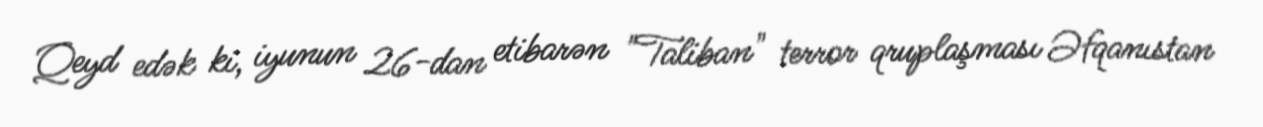
Qeyd edək ki, iyunun 26-dan etibarən "Taliban" terror qruplaşması Əfqanıstan